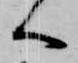
へ